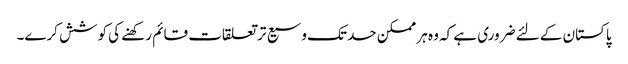
پاکستان کے لئے ضروری ہے کہ وہ ہر ممکن حد تک وسیع تر تعلقات قائم رکھنے کی کوشش کرے۔